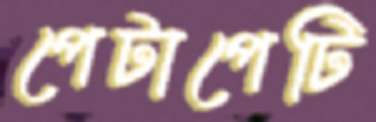
পেটাপেটি